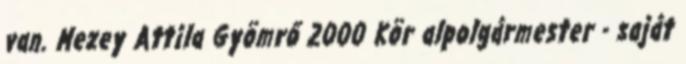
van. Mezey Attila Gyömrő 2000 Kör alpolgármester - saját